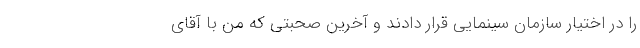
را در اختیار سازمان سینمایی قرار دادند و آخرین صحبتی که من با آقای